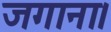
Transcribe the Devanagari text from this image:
जगाना।